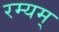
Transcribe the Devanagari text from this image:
रम्यम्